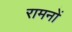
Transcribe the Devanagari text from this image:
रामनों